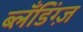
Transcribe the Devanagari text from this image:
ब्लँडिंग्ज़